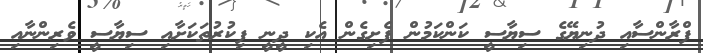
ފްރާންސާއި ދުނިޔޭގެ ސިޔާސީ ކަންކަމުން ފެށިގެން އެކި ދީނީ ފިކުރުތަކަށާއި ސިޔާސީ ވެރިންނާއި